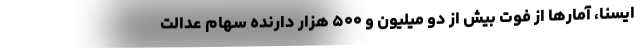
ایسنا، آمارها از فوت بیش از دو میلیون و ۵۰۰ هزار دارنده سهام عدالت